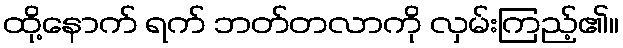
ထို့နောက် ရက် ဘတ်တလာကို လှမ်းကြည့်၏။